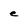
Character: e